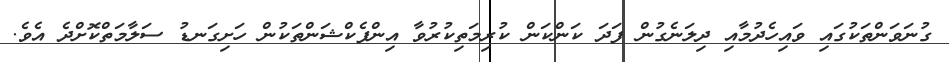
ގުނަވަންތަކުގައި ވައިހެދުމާއި ދިލަނެގުން ފަދަ ކަންކަން ކުރިމަތިކުރުވާ އިންފެކްޝަންތަކުން ހަށިގަނޑު ސަލާމަތްކޮށްދެ އެވެ.